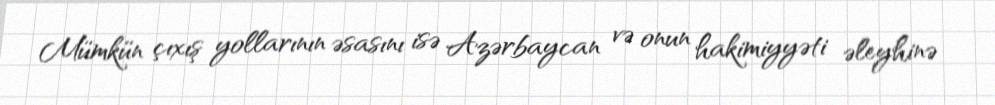
Mümkün çıxış yollarının əsasını isə Azərbaycan və onun hakimiyyəti əleyhinə